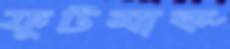
ফুটমার্ক